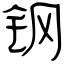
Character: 钢